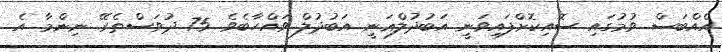
އެއްބަސް ވުމުގައި ސޮއިކޮށްފައިވަނީ އަބުދުލްޣަނީ އަބުދުލް ވައްހާބެވެ. 75 ދުވަސްތެރޭ ނިންމާ އެ